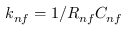
k _ { n f } = 1 / R _ { n f } C _ { n f }